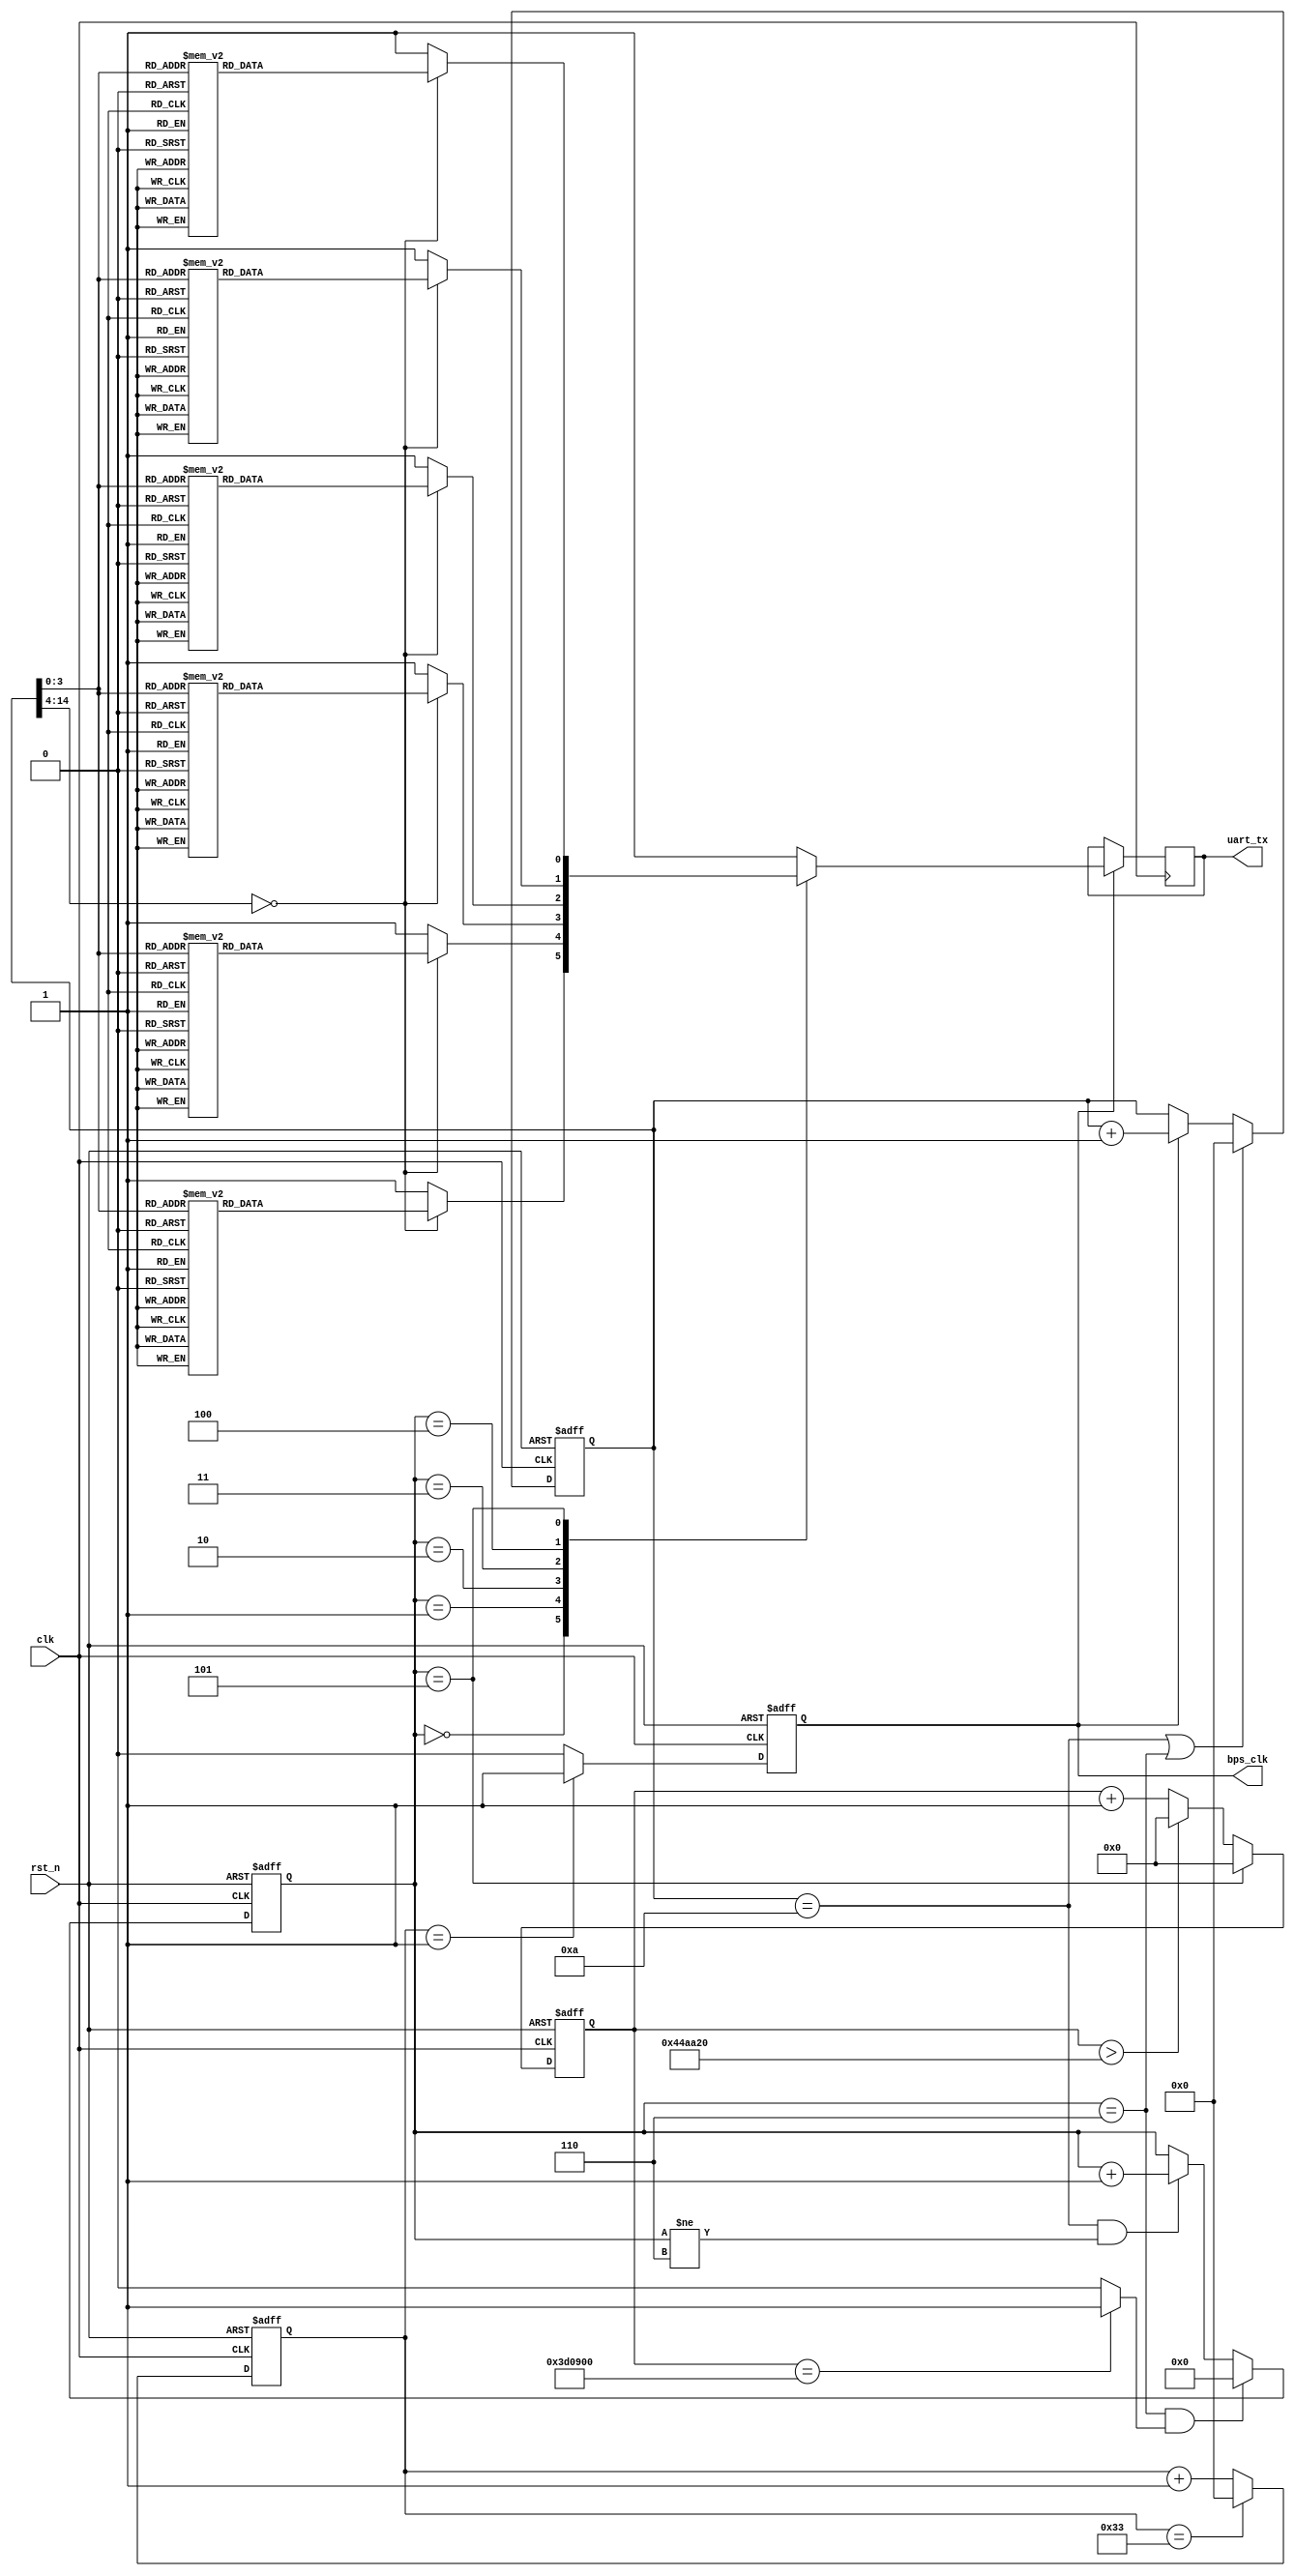
/*-----------------------------------------------------------------------

Date				:		2017-XX-XX
Description			:		Design for .

-----------------------------------------------------------------------*/

module tx_ua
(
	//global clock
	input					clk,			//system clock
	input					rst_n,     		//sync reset
	
	//XXX interface
	output		reg			uart_tx,   	//
	output		reg			bps_clk
	//user interface

	
); 
wire		[7:0]		uart_begin;
wire		[7:0]		uart_end;
wire	[31:0]		pinlv;
wire	[31:0]		phase;
assign		uart_begin = 8'haa;
assign		uart_end   = 8'hbb;

wire		[31:0]		uart_value = pinlv;

//--------------------------------
//Funtion : tx state
localparam	IDLE		=	4'd0;
localparam	TX_1		=	4'd1;
localparam	TX_2		=	4'd2;
localparam	TX_3		=	4'd3;
localparam	TX_4		=	4'd4;
localparam	STOP		=	4'd5;
localparam	STOP_1		=	4'd6;
//cnt state
reg		[3:0]		state;
//--------------------------------
//Funtion :               

assign		pinlv = 32'h100;
assign		phase = 32'h200;
parameter	BPS_9600 = 52;
//parameter	BPS_9600 = 10;
//count for bps_clk
reg		[14:0]		cnt_bps_clk;
always @(posedge clk or negedge rst_n)
begin
	if(!rst_n)
		cnt_bps_clk <= 1'b0;
	else if(cnt_bps_clk == BPS_9600 - 1)
		cnt_bps_clk <= 1'b0;
	else
		cnt_bps_clk <= cnt_bps_clk + 1;
end

//--------------------------------
//Funtion : wait

reg		[31:0]		cnt_bps_stop;
wire				stop_done;
wire				fresh_uart;
always @(posedge clk or negedge rst_n)
begin
	if(!rst_n)
		cnt_bps_stop <= 0;
	else if(state == STOP)
		cnt_bps_stop <= 0;
	else if(cnt_bps_stop > 45_000_00)
		cnt_bps_stop <= 0;
	else
		cnt_bps_stop <= cnt_bps_stop + 1;

end
assign	stop_done = (cnt_bps_stop == 40_000_00) ? 1 : 0;
assign	fresh_uart = (cnt_bps_stop == 30_000_00) ? 1 : 0;

//--------------------------------
//Funtion : wait

always @(posedge clk or negedge rst_n)
begin
	if(!rst_n)
		bps_clk <= 1'b0;
	else if(cnt_bps_clk == 1)
		bps_clk <= 1'b1;
	else
		bps_clk <= 1'b0;
end


//--------------------------------
//Funtion : 10
reg		[14:0]		bps_cnt;
always @(posedge clk or negedge rst_n)
begin
	if(!rst_n)
		bps_cnt <= 1'b0;
	else if(bps_cnt == 10 || state == STOP_1)
		bps_cnt <= 0;
	else if(bps_clk)
		bps_cnt <= bps_cnt + 1'b1;
	else
		bps_cnt <= bps_cnt;
end


always @(posedge clk or negedge rst_n)
begin
	if(!rst_n)
		state <= IDLE;
	else if(state == STOP_1 && stop_done)
		state <= IDLE;
	else if(bps_cnt == 10 && (state != STOP_1))
		state <= state + 1;
end


// state tx
always @(posedge clk )
begin
	if(bps_clk)
	begin
		case(state)
		IDLE :   // 't'  di -- gao
		begin
			case(bps_cnt)
			4'd0 	: uart_tx <= 0; //begin
			
			4'd1 	: uart_tx <= uart_begin[0];//data
			4'd2 	: uart_tx <= uart_begin[1];
			4'd3 	: uart_tx <= uart_begin[2];
			4'd4 	: uart_tx <= uart_begin[3];
			4'd5 	: uart_tx <= uart_begin[4];
			4'd6	: uart_tx <= uart_begin[5];
			4'd7 	: uart_tx <= uart_begin[6];
			4'd8 	: uart_tx <= uart_begin[7];
			
			4'd9 	: uart_tx <= 1; //stop
			default : uart_tx <= 1;
			endcase
		end
		
		TX_1 : //tx_1byte
		begin
			case(bps_cnt)
			4'd0 : uart_tx <= 0; //begin
			
			4'd1 	: uart_tx <= uart_value[24];//data
			4'd2 	: uart_tx <= uart_value[25];
			4'd3 	: uart_tx <= uart_value[26];
			4'd4 	: uart_tx <= uart_value[27];
			4'd5 	: uart_tx <= uart_value[28];
			4'd6	: uart_tx <= uart_value[29];
			4'd7 	: uart_tx <= uart_value[30];
			4'd8 	: uart_tx <= uart_value[31];
			
			4'd9 	: uart_tx <= 1; //stop
			default : uart_tx <= 1;
			endcase		
		end
		
		TX_2 : //tx_1byte
		begin
			case(bps_cnt)
			4'd0 : uart_tx <= 0; //begin
			
			4'd1 	: uart_tx <= uart_value[16];//data
			4'd2 	: uart_tx <= uart_value[17];
			4'd3 	: uart_tx <= uart_value[18];
			4'd4 	: uart_tx <= uart_value[19];
			4'd5 	: uart_tx <= uart_value[20];
			4'd6	: uart_tx <= uart_value[21];
			4'd7 	: uart_tx <= uart_value[22];
			4'd8 	: uart_tx <= uart_value[23];
			
			4'd9 	: uart_tx <= 1; //stop
			default : uart_tx <= 1;
			endcase		
		end	


		TX_3 : //tx_1byte
		begin
			case(bps_cnt)
			4'd0 : uart_tx <= 0; //begin
			
			4'd1 	: uart_tx <= uart_value[8];//data
			4'd2 	: uart_tx <= uart_value[9];
			4'd3 	: uart_tx <= uart_value[10];
			4'd4 	: uart_tx <= uart_value[11];
			4'd5 	: uart_tx <= uart_value[12];
			4'd6	: uart_tx <= uart_value[13];
			4'd7 	: uart_tx <= uart_value[14];
			4'd8 	: uart_tx <= uart_value[15];
			
			4'd9 	: uart_tx <= 1; //stop
			default : uart_tx <= 1;
			endcase				
		end	

		TX_4 : //tx_1byte
		begin
			case(bps_cnt)
			4'd0 : uart_tx <= 0; //begin
			
			4'd1 	: uart_tx <= uart_value[0];//data
			4'd2 	: uart_tx <= uart_value[1];
			4'd3 	: uart_tx <= uart_value[2];
			4'd4 	: uart_tx <= uart_value[3];
			4'd5 	: uart_tx <= uart_value[4];
			4'd6	: uart_tx <= uart_value[5];
			4'd7 	: uart_tx <= uart_value[6];
			4'd8 	: uart_tx <= uart_value[7];
			
			4'd9 	: uart_tx <= 1; //stop
			default : uart_tx <= 1;
			endcase					
		end
		
		STOP :   // 'x'  di -- gao
		begin
			case(bps_cnt)
			4'd0 : uart_tx <= 0; //begin
			
			4'd1 	: uart_tx <= uart_end[0];//data
			4'd2 	: uart_tx <= uart_end[1];
			4'd3 	: uart_tx <= uart_end[2];
			4'd4 	: uart_tx <= uart_end[3];
			4'd5 	: uart_tx <= uart_end[4];
			4'd6	: uart_tx <= uart_end[5];
			4'd7 	: uart_tx <= uart_end[6];
			4'd8 	: uart_tx <= uart_end[7];
			
			4'd9 	: uart_tx <= 1; //stop
			default : uart_tx <= 1;
			endcase
		end
		
		STOP_1 :
		begin
			uart_tx <= 1;
		end
		
		default :
			uart_tx <= 1;
		endcase
	end
	else
		uart_tx <= uart_tx;

end

//--------------------------------
//Funtion : 
	












endmodule